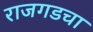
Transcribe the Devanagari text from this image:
राजगडचा